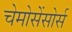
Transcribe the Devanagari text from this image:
चेमोसेंसोर्स